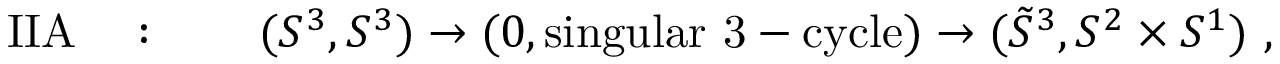
\mathrm { I I A } \quad : \qquad ( S ^ { 3 } , S ^ { 3 } ) \to ( 0 , \mathrm { s i n g u l a r ~ 3 - c y c l e } ) \to ( \tilde { S } ^ { 3 } , S ^ { 2 } \times S ^ { 1 } ) ~ ,